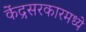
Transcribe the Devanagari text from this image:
केंद्रसरकारमध्ये